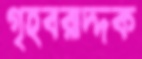
গৃহবরাদ্দক